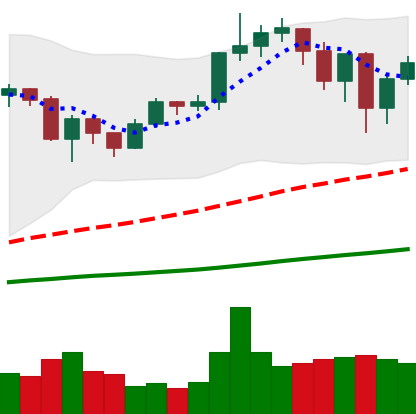
Ticker: ETH-USD
Chart end date: 2020-12-25
Forward return: 19.988%
Label: up_7plus